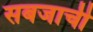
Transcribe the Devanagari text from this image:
सबजाची